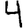
Digit: 4